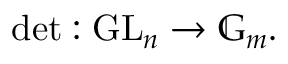
\operatorname* { d e t } : \operatorname { G L } _ { n } \rightarrow \mathbb { G } _ { m } .